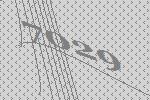
7029